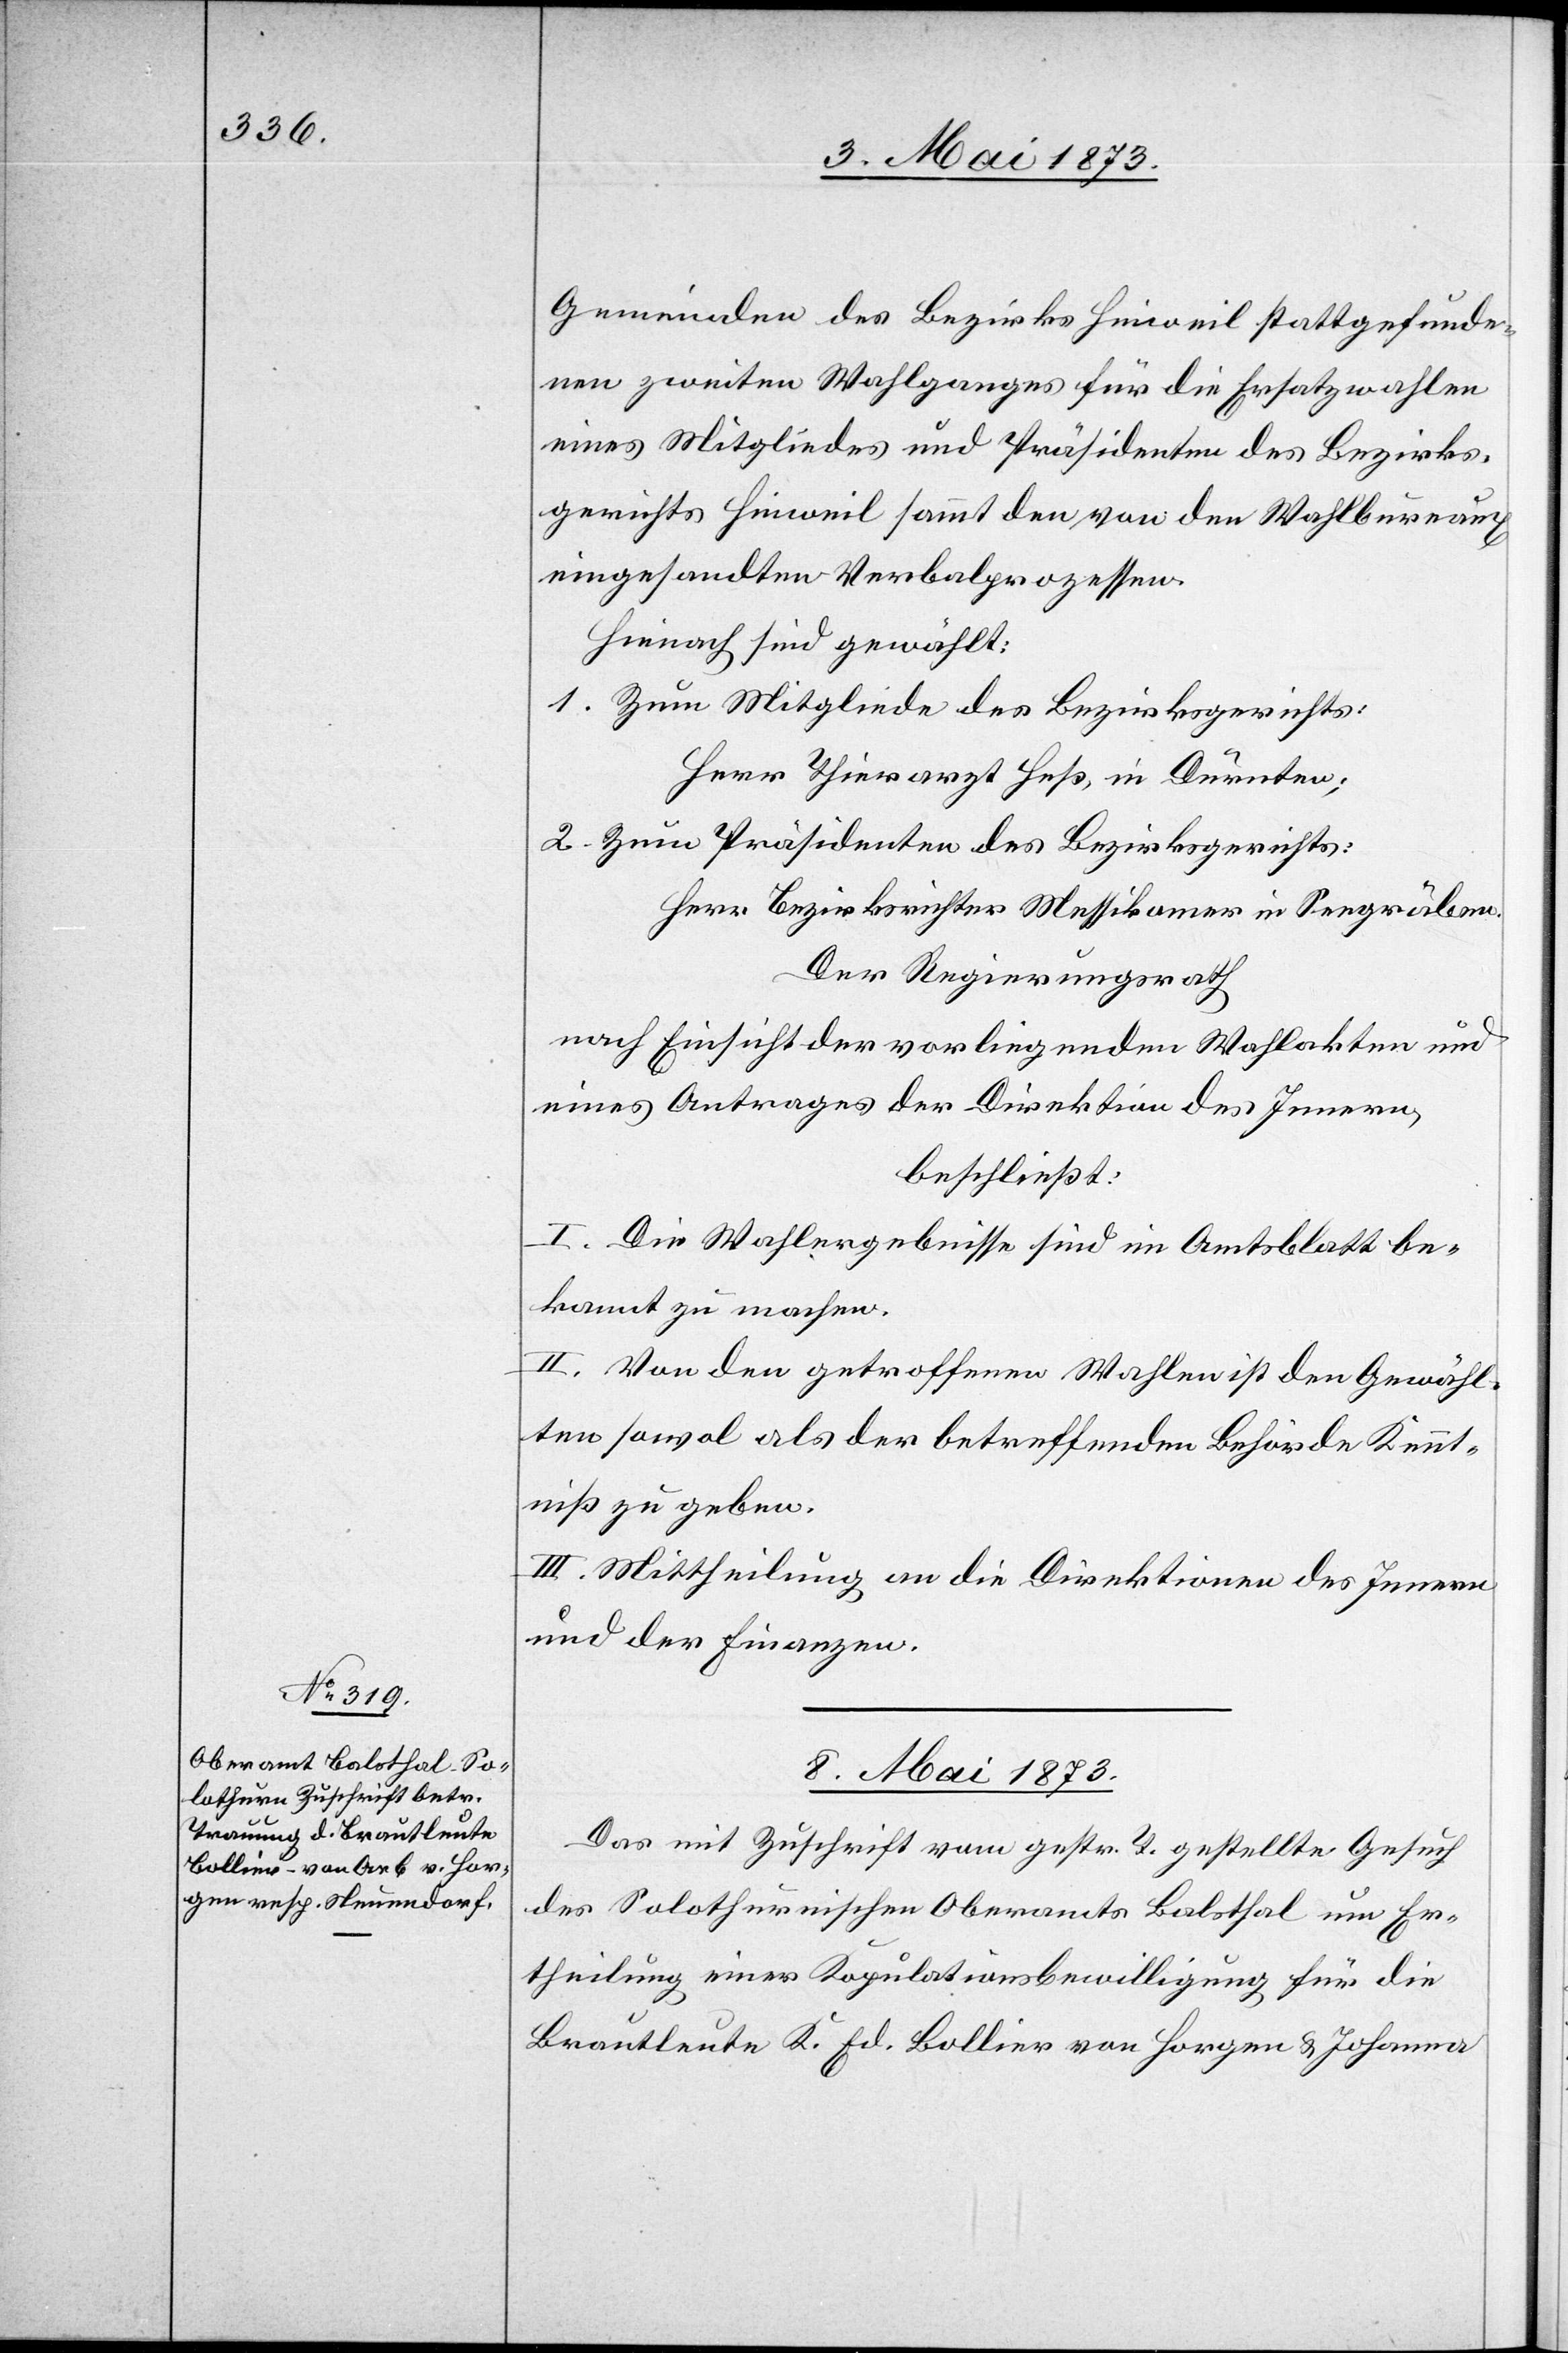
Gemeinden des Bezirks Hinweil stattgefunde¬
nen zweiten Wahlganges für die Ersatzwahlen
eines Mitgliedes und Präsidenten des Bezirks¬
gerichts Hinweil sammt den von den Wahlbureaux
eingesandten Verbalprozessen.
Hievon sind gewählt:
1. Zum Mitgliede des Bezirksgerichts:
Herr Thierarzt Heß, in Dürnten;
2. Zum Präsidenten des Bezirksgerichts:
Herr Bezirksrichter Messikomer in Seegräben.
Der Regierungsrath
nach Einsicht der vorliegenden Wahlakten und
eines Antrages der Direktion des Innern,
beschließt:
I. Die Wahlergebnisse sind im Amtsblatt be¬
kannt zu machen.
II. Von den getroffenen Wahlen ist den Gewähl¬
ten sowol als der betreffenden Behörde Kennt¬
niß zu geben.
III. Mittheilung an die Direktion des Innern
und der Finanzen.
8. Mai 1873.
Das mit Zuschrift vom gestr. T. gestellte Gesuch
des Solothurnischen Oberamts Balsthal um Er¬
theilung einer Kopulationsbewilligung für die
Brautleute K. Ed. Bollier von Horgen & Johanna